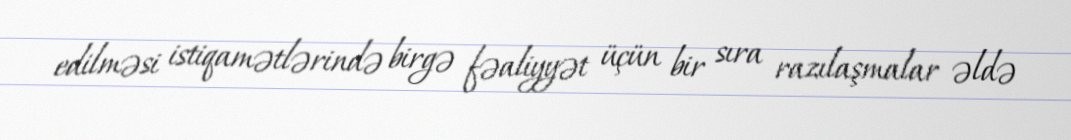
edilməsi istiqamətlərində birgə fəaliyyət üçün bir sıra razılaşmalar əldə